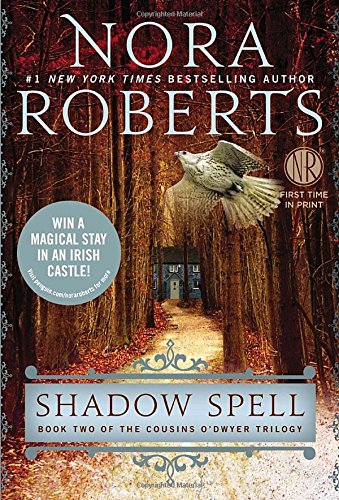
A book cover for Shadow Spell (Cousins O'Dwyer); Nora Roberts; Romance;